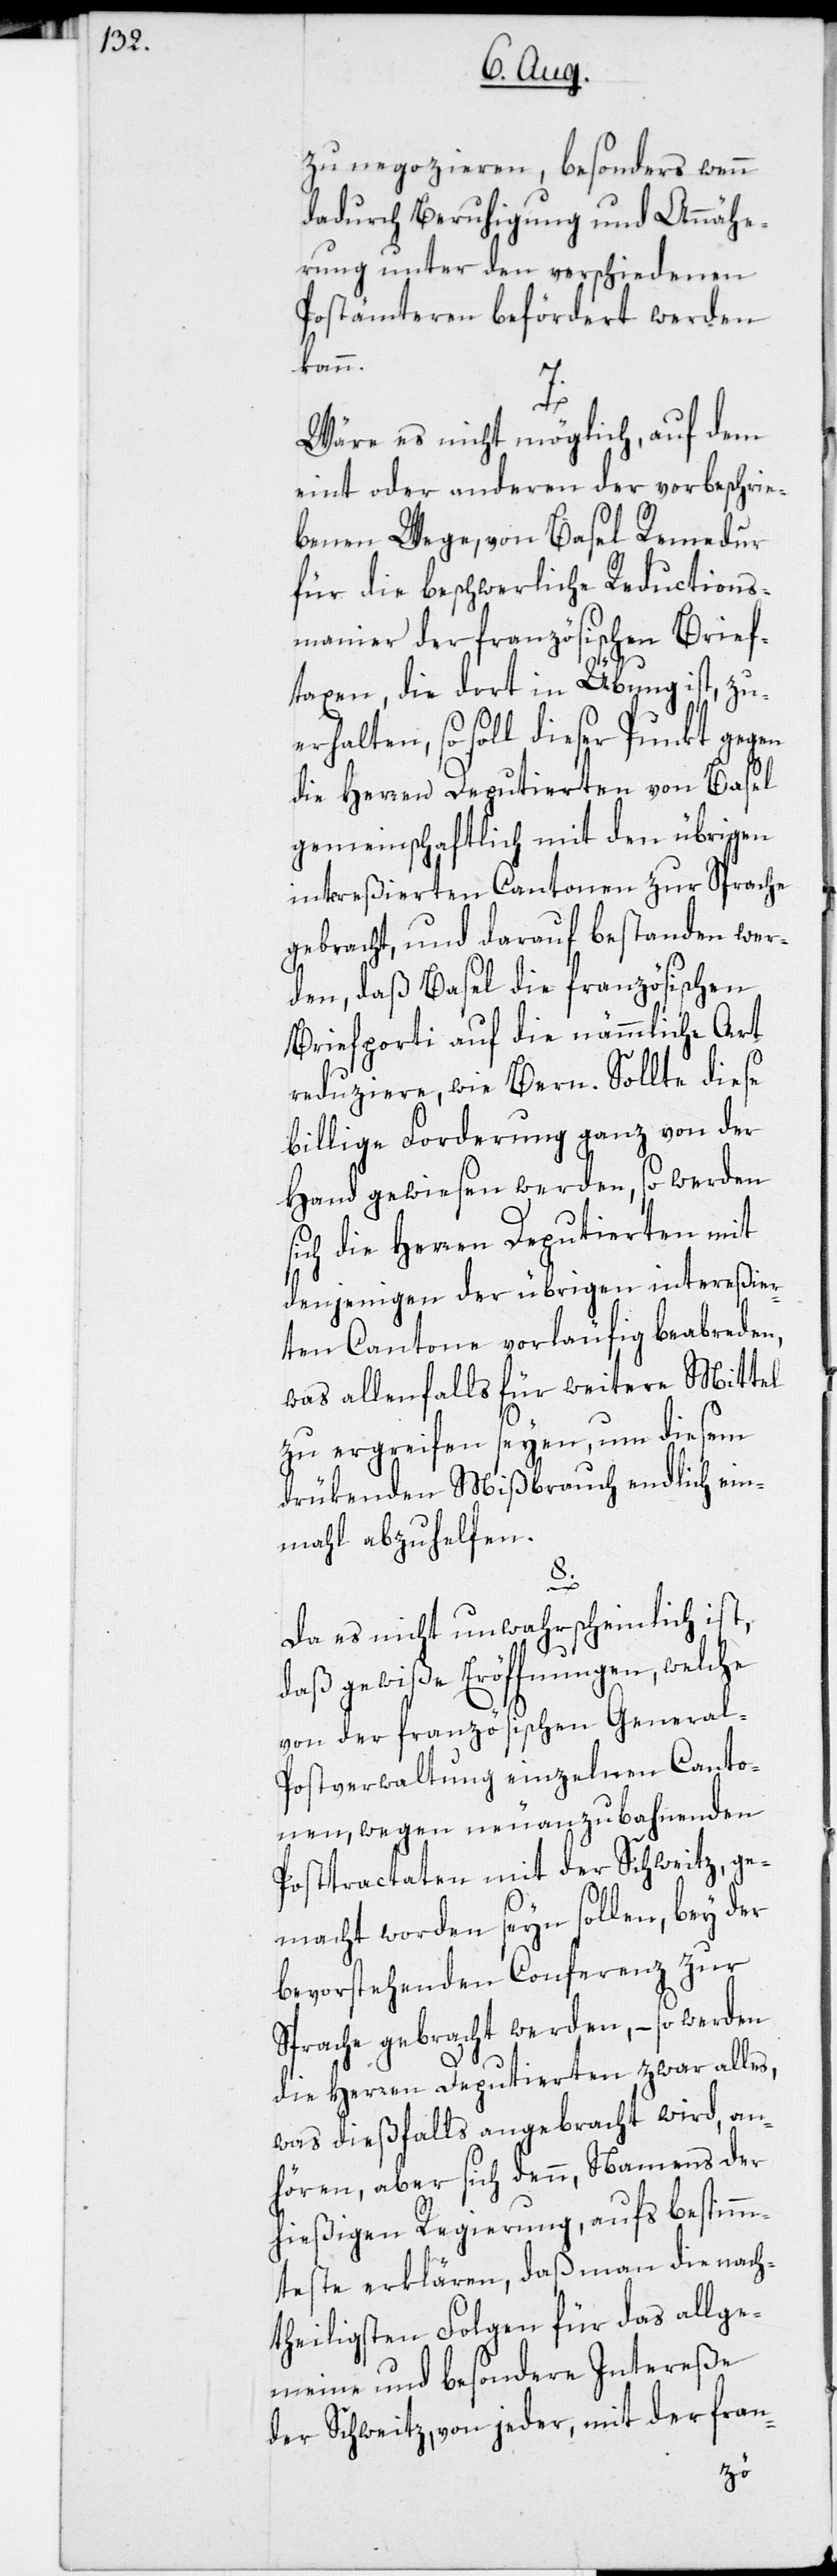
zu negozieren, besonders wenn
dadurch Beruhigung und Annähe¬
rung unter den verschiedenen
Postämteren befördert werden
kann.
7.
Wäre es nicht möglich, auf dem
eint oder anderen der vorbeschrie¬
benen Wege, von Basel Remedur
für die beschwerliche Reductions¬
manier der französischen Brief¬
taxen, die dort in Übung ist, zu
erhalten, so soll dieser Punkt gegen
die Herren Deputierten von Basel
gemeinschaftlich mit den übrigen
intereßierten Cantonen zur Sprache
gebracht, und darauf bestanden wer¬
den, daß Basel die französischen
Briefporti auf die nämmliche Art
reduziere, wie Bern. Sollte diese
billige Forderung ganz von der
Hand gewiesen werden, so werden
ich die Herren Deputierten mit
denjenigen der übrigen intereßier¬
ten Cantone vorläufig beabreden,
was allenfalls für weitere Mittel
zu ergreifen seyen, um diesem
drükenden Mißbrauch endlich ein¬
mahl abzuhelfen.
8.
Da es nicht unwahrscheinlich ist,
daß gewiße Eröffnungen, welche
von der französischen General-P¬
ostverwaltung einzelnen Canto¬
nen, wegen neuanzubahnenden
Posttractaten mit der Schweitz, ge¬
macht worden seyn sollen, bey der
bevorstehenden Conferenz zur
Sprache gebracht werden, – so werden
s¬
die Herren Deputierten zwar alles,
was dießfalls angebracht wird, an¬
hören, aber sich denn, Namens der
hießigen Regierung, aufs bestimm¬
teste erklären, daß man die nach¬
theiligsten Folgen für das allge¬
meine und besondere Intereße
der Schweitz, von jeder, mit der fran-